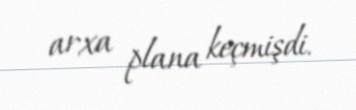
arxa plana keçmişdi.